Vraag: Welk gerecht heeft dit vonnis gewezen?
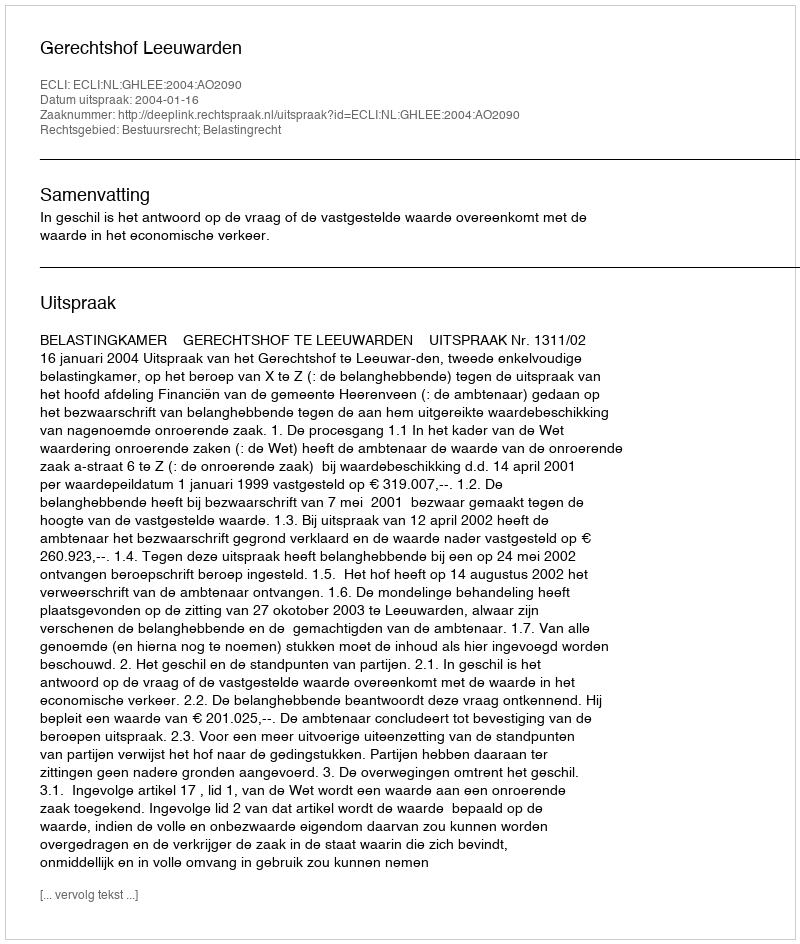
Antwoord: Gerechtshof Leeuwarden